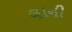
લાની